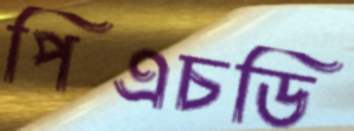
পিএচডি